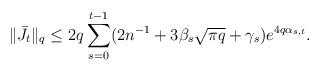
LaTeX: \begin{align*}\|\bar{J}_t\|_q \leq 2q \sum_{s=0}^{t-1}(2n^{-1} + 3\beta_s \sqrt{\pi q} +\gamma_s) e^{4q\alpha_{s,t}}.\end{align*}